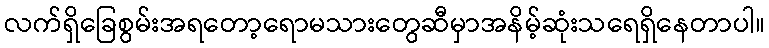
လက်ရှိခြေစွမ်းအရတော့ရောမသားတွေဆီမှာအနိမ့်ဆုံးသရေရှိနေတာပါ။